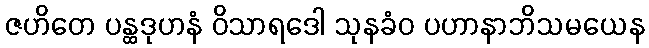
ဇဟိတေ ပန္ထဒုဟနံ ဝိသာရဒေါ သုနခံဝ ပဟာနာဘိသမယေန